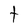
Character: t